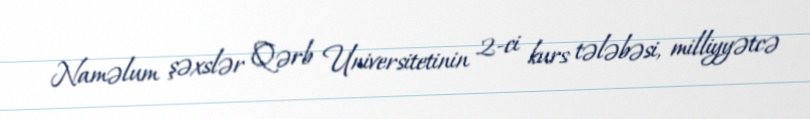
Naməlum şəxslər Qərb Universitetinin 2-ci kurs tələbəsi, milliyyətcə